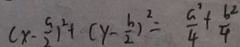
( x - \frac { a } { 2 } ) ^ { 2 } + ( y - \frac { b } { 2 } ) ^ { 2 } = \frac { a ^ { 2 } } { 4 } + \frac { b ^ { 2 } } { 4 }